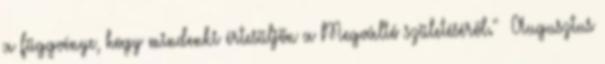
a függvénye, hogy mindenki értesüljön a Megváltó születéséről." Augusztus